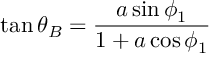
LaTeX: \tan \theta _ { B } = \frac { a \sin \phi _ { 1 } } { 1 + a \cos \phi _ { 1 } }